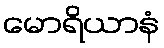
မောရိယာနံ